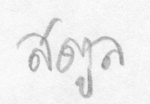
สตูล